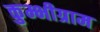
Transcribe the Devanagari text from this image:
कुम्भीग्राम